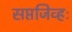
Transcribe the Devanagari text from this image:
सप्तजिव्हः